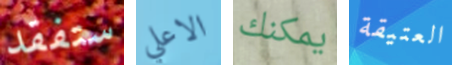
ستفقد الاعلي يمكنك العتيقة